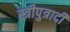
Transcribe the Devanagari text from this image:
स्त्रीपुत्रादी